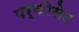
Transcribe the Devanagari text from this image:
पर्कोसेट